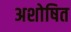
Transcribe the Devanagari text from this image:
अशोषित